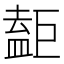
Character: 𥂇